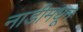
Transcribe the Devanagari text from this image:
नाडीमधून